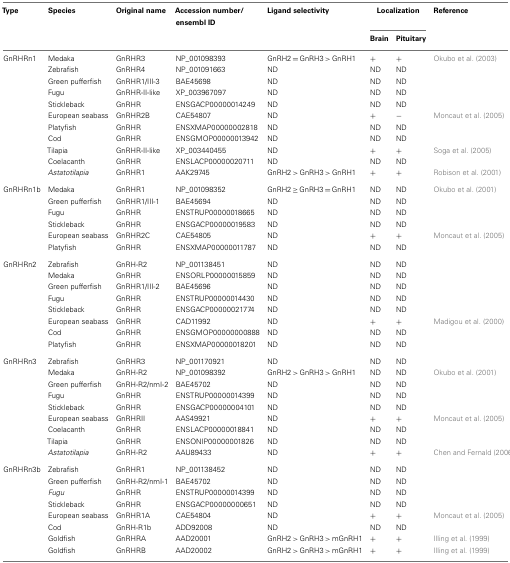
<table><thead><tr><td><b>Type</b></td><td><b>Species</b></td><td><b>Original name</b></td><td><b>Accession number/ensembl ID</b></td><td><b>Ligand selectivity</b></td><td colspan="2"><b>Localization</b></td><td><b>Reference</b></td></tr><tr><td></td><td></td><td></td><td></td><td></td><td><b>Brain</b></td><td><b>Pituitary</b></td><td></td></tr></thead><tbody><tr><td>GnRHRn1</td><td>Medaka</td><td>GnRHR3</td><td>NP_001098393</td><td>GnRH2 = GnRH3 &gt; GnRH1</td><td>+</td><td>+</td><td>Okubo et al. (2003)</td></tr><tr><td></td><td>Zebrafish</td><td>GnRHR4</td><td>NP_001091663</td><td>ND</td><td>ND</td><td>ND</td><td></td></tr><tr><td></td><td>Green pufferfish</td><td>GnRHR1/III-3</td><td>BAE45698</td><td>ND</td><td>ND</td><td>ND</td><td></td></tr><tr><td></td><td>Fugu</td><td>GnRHR-II-like</td><td>XP_003967097</td><td>ND</td><td>ND</td><td>ND</td><td></td></tr><tr><td></td><td>Stickleback</td><td>GnRHR</td><td>ENSGACP00000014249</td><td>ND</td><td>ND</td><td>ND</td><td></td></tr><tr><td></td><td>European seabass</td><td>GnRHR2B</td><td>CAE54807</td><td>ND</td><td>+</td><td>−</td><td>Moncaut et al. (2005)</td></tr><tr><td></td><td>Platyfish</td><td>GnRHR</td><td>ENSXMAP00000002818</td><td>ND</td><td>ND</td><td>ND</td><td></td></tr><tr><td></td><td>Cod</td><td>GnRHR</td><td>ENSGMOP00000013942</td><td>ND</td><td>ND</td><td>ND</td><td></td></tr><tr><td></td><td>Tilapia</td><td>GnRHR-II-like</td><td>XP_003440455</td><td>ND</td><td>+</td><td>+</td><td>Soga et al. (2005)</td></tr><tr><td></td><td>Coelacanth</td><td>GnRHR</td><td>ENSLACP00000020711</td><td>ND</td><td>ND</td><td>ND</td><td></td></tr><tr><td></td><td><i>Astatotilapia</i></td><td>GnRHR1</td><td>AAK29745</td><td>GnRH2 &gt; GnRH3 &gt; GnRH1</td><td>+</td><td>+</td><td>Robison et al. (2001)</td></tr><tr><td>GnRHRn1b</td><td>Medaka</td><td>GnRHR1</td><td>NP_001098352</td><td>GnRH2 ≥ GnRH3 = GnRH1</td><td>ND</td><td>ND</td><td>Okubo et al. (2001)</td></tr><tr><td></td><td>Green pufferfish</td><td>GnRHR1/III-1</td><td>BAE45694</td><td>ND</td><td>ND</td><td>ND</td><td></td></tr><tr><td></td><td>Fugu</td><td>GnRHR</td><td>ENSTRUP00000018665</td><td>ND</td><td>ND</td><td>ND</td><td></td></tr><tr><td></td><td>Stickleback</td><td>GnRHR</td><td>ENSGACP00000019583</td><td>ND</td><td>ND</td><td>ND</td><td></td></tr><tr><td></td><td>European seabass</td><td>GnRHR2C</td><td>CAE54805</td><td>ND</td><td>+</td><td>+</td><td>Moncaut et al. (2005)</td></tr><tr><td></td><td>Platyfish</td><td>GnRHR</td><td>ENSXMAP00000011787</td><td>ND</td><td>ND</td><td>ND</td><td></td></tr><tr><td>GnRHRn2</td><td>Zebrafish</td><td>GnRH-R2</td><td>NP_001138451</td><td>ND</td><td>ND</td><td>ND</td><td></td></tr><tr><td></td><td>Medaka</td><td>GnRHR</td><td>ENSORLP00000015859</td><td>ND</td><td>ND</td><td>ND</td><td></td></tr><tr><td></td><td>Green pufferfish</td><td>GnRHR1/III-2</td><td>BAE45696</td><td>ND</td><td>ND</td><td>ND</td><td></td></tr><tr><td></td><td>Fugu</td><td>GnRHR</td><td>ENSTRUP00000014430</td><td>ND</td><td>ND</td><td>ND</td><td></td></tr><tr><td></td><td>Stickleback</td><td>GnRHR</td><td>ENSGACP00000021774</td><td>ND</td><td>ND</td><td>ND</td><td></td></tr><tr><td></td><td>European seabass</td><td>GnRHR</td><td>CAD11992</td><td>ND</td><td>+</td><td>+</td><td>Madigou et al. (2000)</td></tr><tr><td></td><td>Cod</td><td>GnRHR</td><td>ENSGMOP00000000888</td><td>ND</td><td>ND</td><td>ND</td><td></td></tr><tr><td></td><td>Platyfish</td><td>GnRHR</td><td>ENSXMAP00000018201</td><td>ND</td><td>ND</td><td>ND</td><td></td></tr><tr><td>GnRHRn3</td><td>Zebrafish</td><td>GnRHR3</td><td>NP_001170921</td><td>ND</td><td>ND</td><td>ND</td><td></td></tr><tr><td></td><td>Medaka</td><td>GnRH-R2</td><td>NP_001098392</td><td>GnRH2 &gt; GnRH3 &gt; GnRH1</td><td>ND</td><td>ND</td><td>Okubo et al. (2001)</td></tr><tr><td></td><td>Green pufferfish</td><td>GnRH-R2/nmI-2</td><td>BAE45702</td><td>ND</td><td>ND</td><td>ND</td><td></td></tr><tr><td></td><td>Fugu</td><td>GnRHR</td><td>ENSTRUP00000014399</td><td>ND</td><td>ND</td><td>ND</td><td></td></tr><tr><td></td><td>Stickleback</td><td>GnRHR</td><td>ENSGACP00000004101</td><td>ND</td><td>ND</td><td>ND</td><td></td></tr><tr><td></td><td>European seabass</td><td>GnRHRII</td><td>AAS49921</td><td>ND</td><td>+</td><td>+</td><td>Moncaut et al. (2005)</td></tr><tr><td></td><td>Coelacanth</td><td>GnRHR</td><td>ENSLACP00000018841</td><td>ND</td><td>ND</td><td>ND</td><td></td></tr><tr><td></td><td>Tilapia</td><td>GnRHR</td><td>ENSONIP00000001826</td><td>ND</td><td>ND</td><td>ND</td><td></td></tr><tr><td></td><td><i>Astatotilapia</i></td><td>GnRH-R2</td><td>AAU89433</td><td>ND</td><td>+</td><td>+</td><td>Chen and Fernald (2006)</td></tr><tr><td>GnRHRn3b</td><td>Zebrafish</td><td>GnRHR1</td><td>NP_001138452</td><td>ND</td><td>ND</td><td>ND</td><td></td></tr><tr><td></td><td>Green pufferfish</td><td>GnRH-R2/nmI-1</td><td>BAE45702</td><td>ND</td><td>ND</td><td>ND</td><td></td></tr><tr><td></td><td><i>Fugu</i></td><td>GnRHR</td><td>ENSTRUP00000014399</td><td>ND</td><td>ND</td><td>ND</td><td></td></tr><tr><td></td><td>Stickleback</td><td>GnRHR</td><td>ENSGACP00000000651</td><td>ND</td><td>ND</td><td>ND</td><td></td></tr><tr><td></td><td>European seabass</td><td>GnRHR1A</td><td>CAE54804</td><td>ND</td><td>+</td><td>+</td><td>Moncaut et al. (2005)</td></tr><tr><td></td><td>Cod</td><td>GnRH-R1b</td><td>ADD92008</td><td>ND</td><td>ND</td><td>ND</td><td></td></tr><tr><td></td><td>Goldfish</td><td>GnRHRA</td><td>AAD20001</td><td>GnRH2 &gt; GnRH3 &gt; mGnRH1</td><td>+</td><td>+</td><td>Illing et al. (1999)</td></tr><tr><td></td><td>Goldfish</td><td>GnRHRB</td><td>AAD20002</td><td>GnRH2 &gt; GnRH3 &gt; mGnRH1</td><td>+</td><td>+</td><td>Illing et al. (1999)</td></tr></tbody></table>